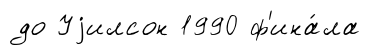
до Уjилсон 1990 ф'ина́ла